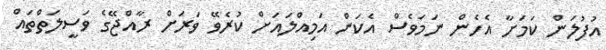
އުފުލަން ކަމަށާ އެހެން ނަމަވެސް އެކަން އަމިއްލައަށް ކުރެވޭ ވަރަށް ރާއްޖޭގެ ވަސީލަތްތައް